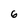
Character: 6